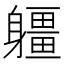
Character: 𨊑